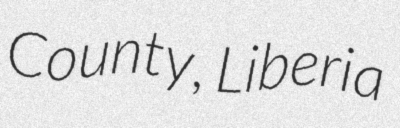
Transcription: County, Liberia